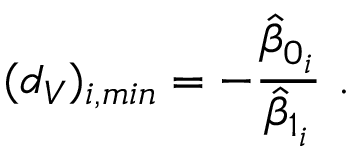
( d _ { V } ) _ { i , m i n } = - \frac { \hat { \beta } _ { 0 _ { i } } } { \hat { \beta } _ { 1 _ { i } } } \ .